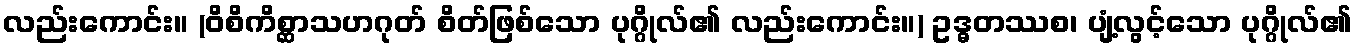
လည်းကောင်း။ (ဝိစိကိစ္ဆာသဟဂုတ် စိတ်ဖြစ်သော ပုဂ္ဂိုလ်၏ လည်းကောင်း။) ဥဒ္ဓတဿစ၊ ပျံ့လွင့်သော ပုဂ္ဂိုလ်၏